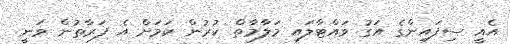
އެއީ ސިފައިންގެ އަގު ވައްޓާލައި މަލާމާތް ކުރުން ކަމަށް އެ ފަރާތުން ވަނީ